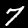
Label: 7